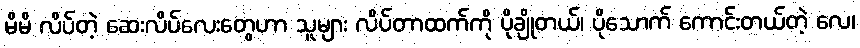
မိမိ လိပ်တဲ့ ဆေးလိပ်လေးတွေဟာ သူများ လိပ်တာထက်ကို ပိုချိုတယ်၊ ပိုသောက် ကောင်းတယ်တဲ့ လေ၊